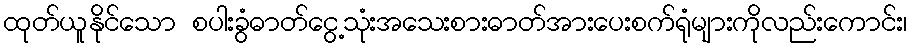
ထုတ်ယူနိုင်သော စပါးခွံဓာတ်ငွေ့သုံးအသေးစားဓာတ်အားပေးစက်ရုံများကိုလည်းကောင်း၊